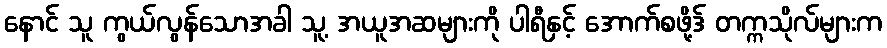
နောင် သူ ကွယ်လွန်သောအခါ သူ့ အယူအဆများကို ပါရီနှင့် အောက်စဖို့ဒ် တက္ကသိုလ်များက